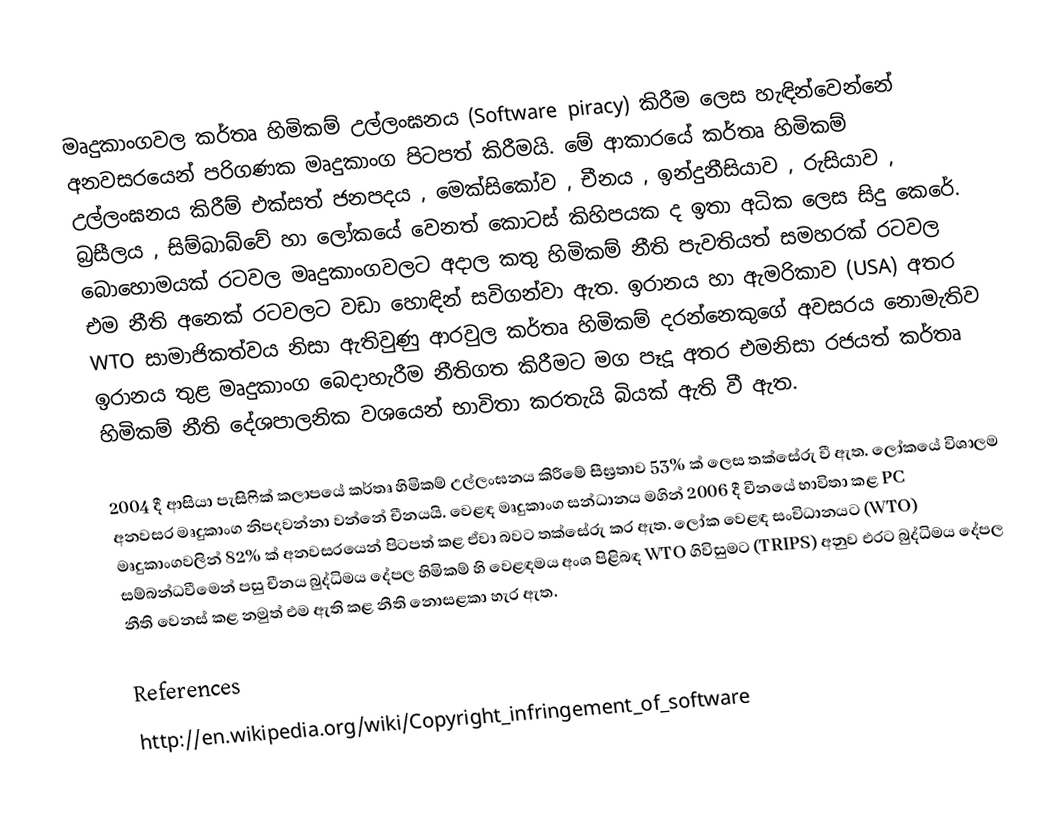
මෘදුකාංගවල කර්තෘ හිමිකම් උල්ලංඝනය (Software piracy) කිරීම ලෙස හැඳින්වෙන්නේ අනවසරයෙන් පරිගණක මෘදුකාංග පිටපත් කිරීමයි. මේ ආකාරයේ කර්තෘ හිමිකම් උල්ලංඝනය කිරීම් එක්සත් ජනපදය , මෙක්සිකෝව , චීනය , ඉන්දුනීසියාව , රුසියාව , බ්‍රසීලය , සිම්බාබ්වේ හා ලෝකයේ වෙනත් කොටස් කිහිපයක ද ඉතා අධික ලෙස සිදු කෙරේ. බොහොමයක් රටවල මෘදුකාංගවලට අදාල කතු හිමිකම් නීති පැවතියත් සමහරක් රටවල එම නීති අනෙක් රටවලට වඩා හොඳින් සවිගන්වා ඇත. ඉරානය හා ඇමරිකාව (USA) අතර WTO  සාමාජික‍ත්වය නිසා ඇතිවුණු ආරවුල කර්තෘ හිමිකම් දරන්නෙකුගේ අවසරය නොමැතිව ඉරානය තුළ මෘදුකාංග බෙදාහැරීම නීතිගත කිරීමට මග පෑදූ අතර එමනිසා රජයත් කර්තෘ හිමිකම් නීති දේශපාලනික වශයෙන් භාවිත‍ා කරතැයි බියක් ඇති වී ඇත.

2004 දී ආසියා පැසිෆික් කලාපයේ කර්තෘ හිමිකම් උල්ලංඝනය කිරීමේ සීඝ්‍රතාව 53% ක් ලෙස තක්සේරු වී ඇත. ලෝකයේ විශාලම අනවසර මෘදුකාංග නිපදවන්නා වන්නේ චීනයයි. වෙළඳ මෘදුකාංග සන්ධානය මගින් 2006 දී චීනයේ භාවිතා කළ PC මෘදුකාංගවලින් 82% ක් අනවසරයෙන් පිටපත් කළ ඒවා බවට තක්සේරු කර ඇත. ලෝක වෙළඳ සංවිධානයට (WTO) සම්බන්ධවීමෙන් පසු චීනය බුද්ධිමය දේපල හිමිකම් හි වෙළඳමය අංශ පිළිබඳ WTO ගිවිසුමට (TRIPS)  අනුව එරට බුද්ධිමය දේපල නීති වෙනස් කළ නමුත් එම ඇති කළ නීති නොසළකා හැර ඇත.

References
http://en.wikipedia.org/wiki/Copyright_infringement_of_software